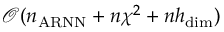
\mathcal { O } ( n _ { \mathrm { A R N N } } + n \chi ^ { 2 } + n h _ { \mathrm { d i m } } )